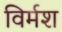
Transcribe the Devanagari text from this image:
विर्मश